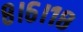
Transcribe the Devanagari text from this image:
८।६।१८